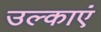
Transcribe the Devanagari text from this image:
उल्काएं